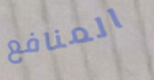
المنافع